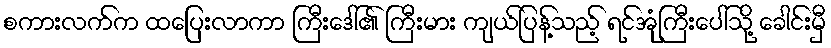
စကားလက်က ထပြေးလာကာ ကြီးဒေါ်၏ ကြီးမား ကျယ်ပြန့်သည့် ရင်အုံကြီးပေါ်သို့ ခေါင်းမှီ